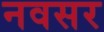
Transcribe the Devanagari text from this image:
नवसर